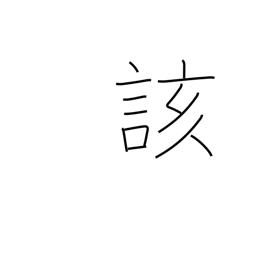
Meaning: above-stated